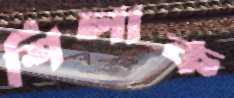
শিলাক